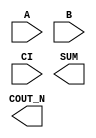
module sky130_fd_sc_ms__fahcon (
    //# {{data|Data Signals}}
    input  A     ,
    input  B     ,
    input  CI    ,
    output COUT_N,
    output SUM
);

    // Voltage supply signals
    supply1 VPWR;
    supply0 VGND;
    supply1 VPB ;
    supply0 VNB ;

endmodule